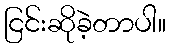
ငြင်းဆိုခဲ့တာပါ။